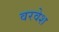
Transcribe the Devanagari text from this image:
वरवेश